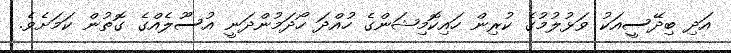
އަދި ބިދޭސީއަކު ވަޅުލުމުގެ ކުރިން ހައިކޮމިޝަންގެ ހުއްދަ ހޯދަމުންދަނީ އުސޫލެއްގެ ގޮތުން ކަމަށެވެ.